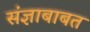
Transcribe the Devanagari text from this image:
संज्ञाबाबत